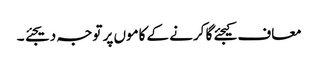
معاف کیجئے گا کرنے کے کاموں پر توجہ دیجئے ۔